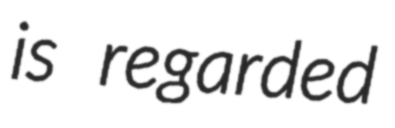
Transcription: is regarded